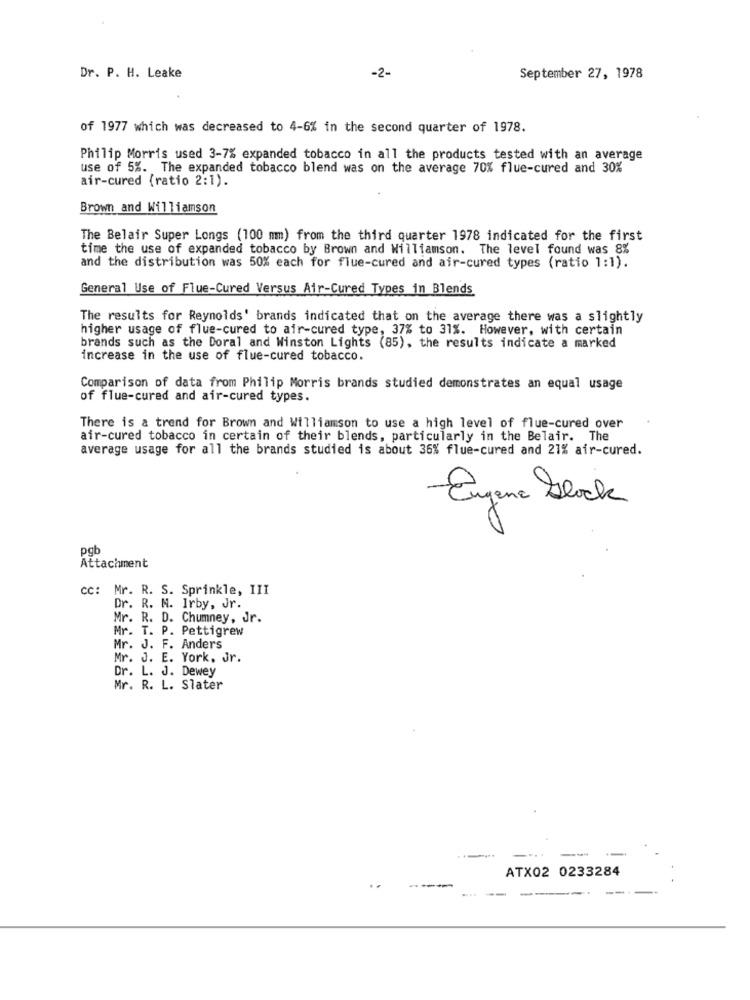
-2-
Dr. P. H. Leake
September 27, 1978
of 1977 which was decreased to 4-6% in the second quarter of 1978.
Philip Morris used 3-7% expanded tobacco in all the products tested with an average
use of 5%. The expanded tobacco blend was on the average 70% flue-cured and 30%
air-cured (ratio 2:1).
Brown and Williamson
The Belair Super Longs (100 mm) from the third quarter 1978 indicated for the first
time the use of expanded tobacco by Brown and Williamson. The level found was 8%
and the distribution was 50% each for flue-cured and air-cured types (ratio 1:1).
General Use of Flue-Cured Versus Air-Cured Types in Blends
The results for Reynolds' brands indicated that on the average there was a slightly
higher usage of flue-cured to air-cured type, 37% to 31%. However, with certain
brands such as the Doral and Winston Lights (85), the results indicate a marked
increase in the use of flue-cured tobacco.
Comparison of data from Philip Morris brands studied demonstrates an equal usage
of flue-cured and air-cured types.
There is a trend for Brown and Williamson to use a high level of flue-cured over
air-cured tobacco in certain of their blends, particularly in the Belair. The
average usage for all the brands studied is about 36% flue-cured and 21% air-cured.
Eugene block
×
pgt
Attachment
cc: Mr. R. S. Sprinkle, III
Dr. R. M. Irby, Jr.
Mr. R. D. Chumney, Jr.
Mr. T. P. Pettigrew
Mr. J. F. Anders
Mr. J. E. York, Jr.
Dr. L. J. Dewey
Mr. R. L. Slater
ATX02 0233284
----
..
--
----.
--.